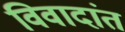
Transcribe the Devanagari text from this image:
विवादांत